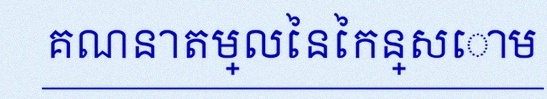
គណនាតម្លៃនៃកន្សោម